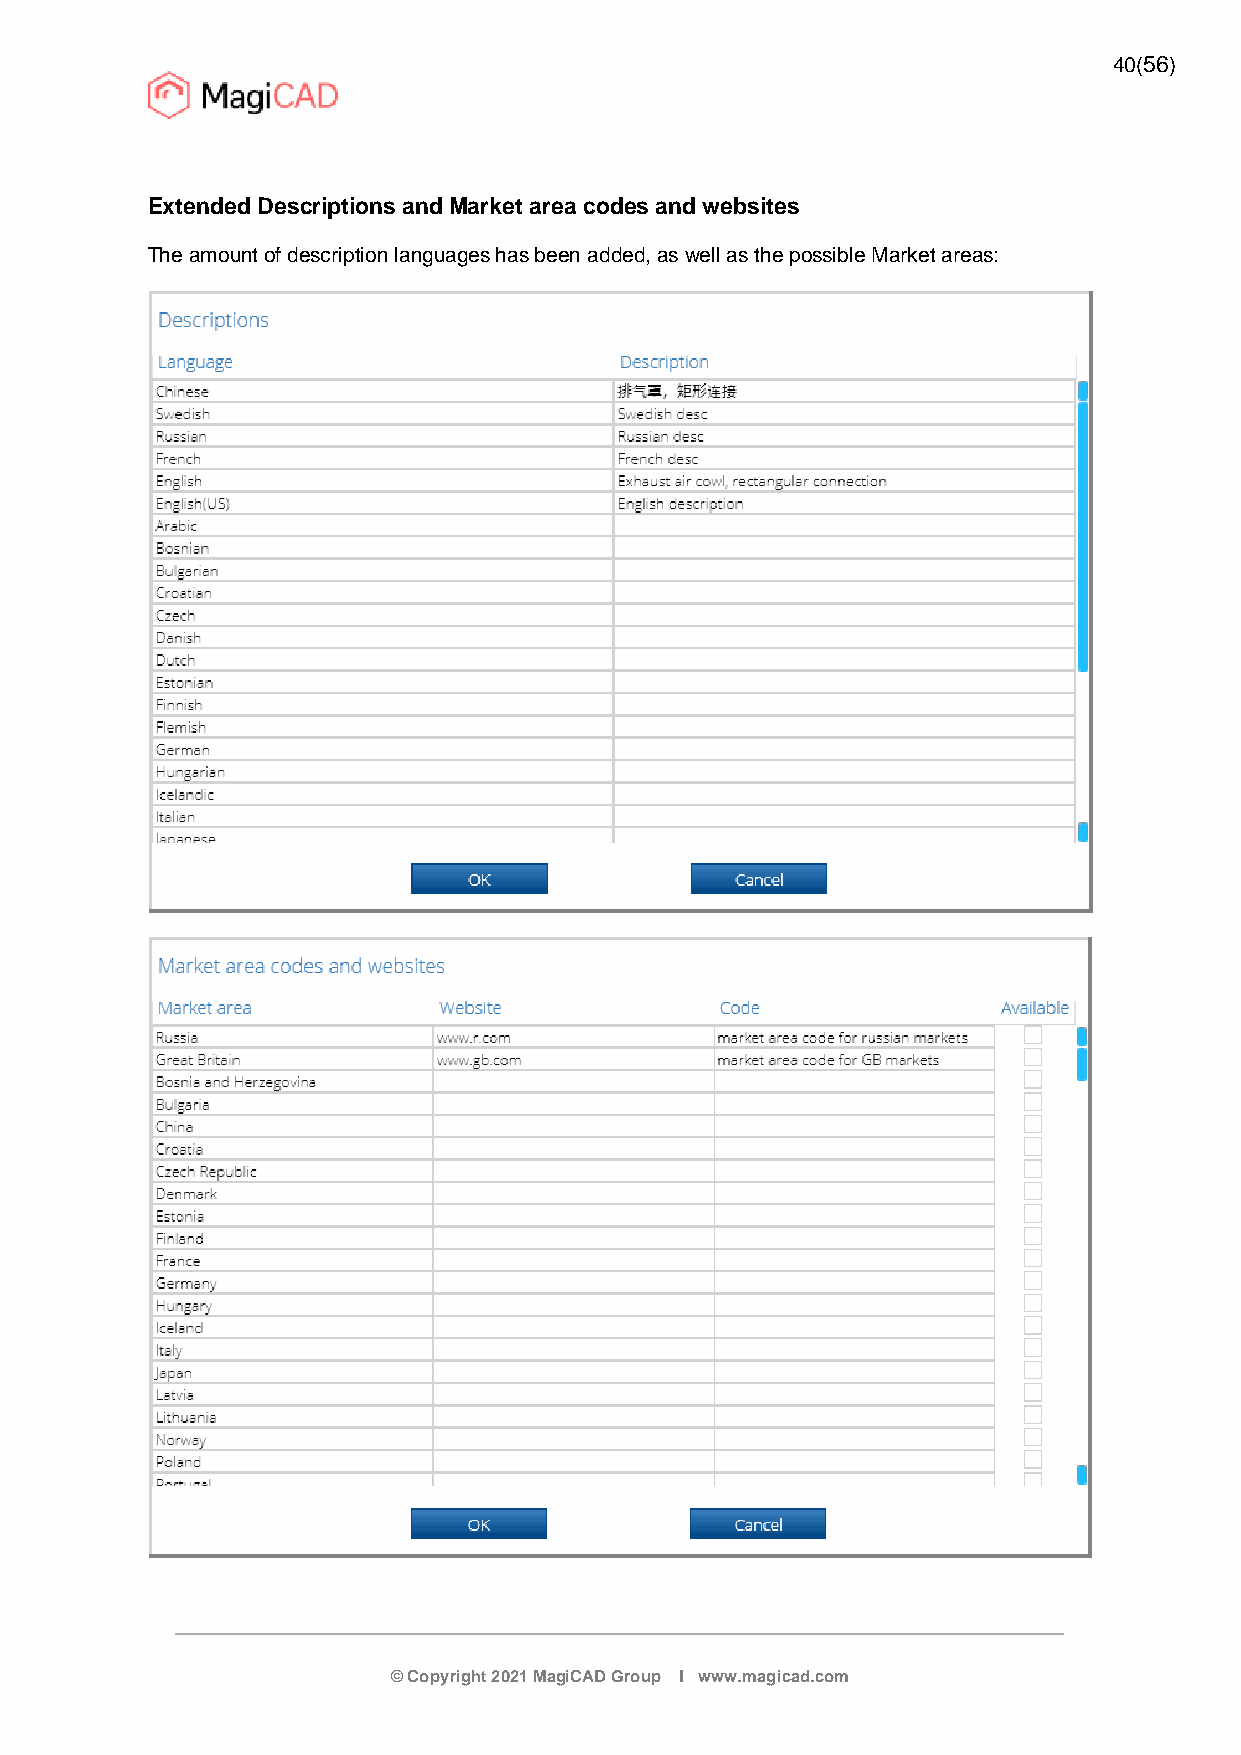
40(56)
 Extended Descriptions and Market area codes and websites
 The amount of description languages has been added, as well as the possible Market areas:
 © Copyright 2021 MagiCAD Group I www.magicad.com